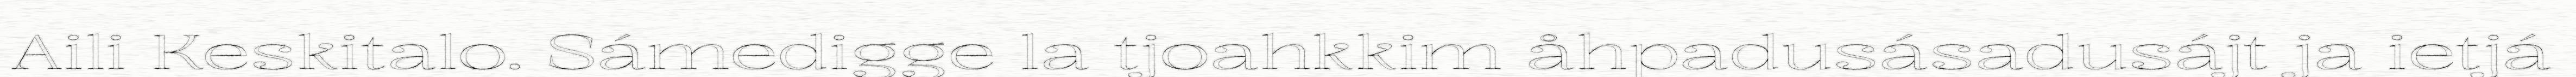
Aili Keskitalo. Sámedigge la tjoahkkim åhpadusásadusájt ja ietjá